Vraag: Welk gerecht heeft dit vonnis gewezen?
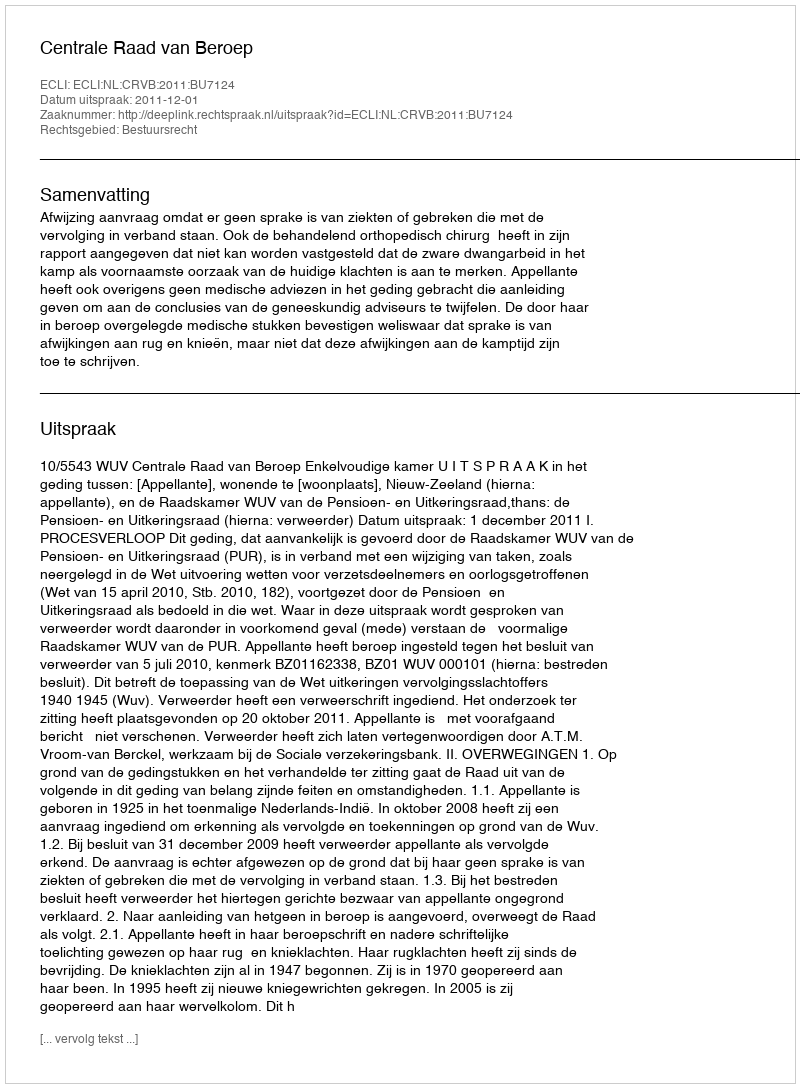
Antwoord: Centrale Raad van Beroep